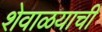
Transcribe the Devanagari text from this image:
शेवाळयाची